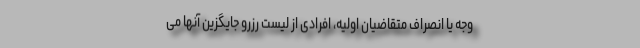
وجه یا انصراف متقاضیان اولیه، افرادی از لیست رزرو جایگزین آنها می